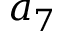
a _ { 7 }